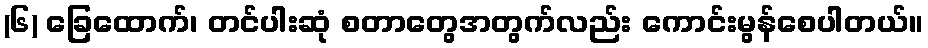
(၆) ခြေထောက်၊ တင်ပါးဆုံ စတာတွေအတွက်လည်း ကောင်းမွန်စေပါတယ်။